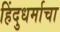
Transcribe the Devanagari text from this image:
हिंदुधर्माचा